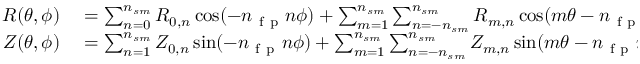
\begin{array} { r l } { R ( \theta , \phi ) } & { { } = \sum _ { n = 0 } ^ { { n _ { s m } } } R _ { 0 , n } \cos ( - n _ { \mathrm { ~ f ~ p ~ } } n \phi ) + \sum _ { m = 1 } ^ { { n _ { s m } } } \sum _ { n = - { n _ { s m } } } ^ { { n _ { s m } } } R _ { m , n } \cos ( m \theta - n _ { \mathrm { ~ f ~ p ~ } } n \phi ) , } \\ { Z ( \theta , \phi ) } & { { } = \sum _ { n = 1 } ^ { { n _ { s m } } } Z _ { 0 , n } \sin ( - n _ { \mathrm { ~ f ~ p ~ } } n \phi ) + \sum _ { m = 1 } ^ { { n _ { s m } } } \sum _ { n = - { n _ { s m } } } ^ { { n _ { s m } } } Z _ { m , n } \sin ( m \theta - n _ { \mathrm { ~ f ~ p ~ } } n \phi ) . } \end{array}